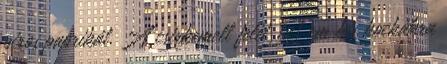
piros paprikát. A csirkemell felét 1x1 cm kis kockákra